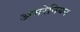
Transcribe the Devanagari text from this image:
अमरेनियन